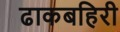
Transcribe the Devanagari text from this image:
ढाकबहिरी